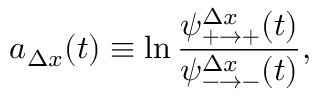
a _ { \Delta x } ( t ) \equiv \ln \frac { \psi _ { + \to + } ^ { \Delta x } ( t ) } { \psi _ { - \to - } ^ { \Delta x } ( t ) } ,